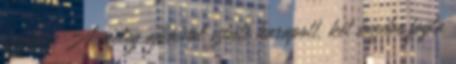
közben. A meleg ajkaival szinte harapott, két kezébe fogta